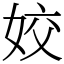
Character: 姣